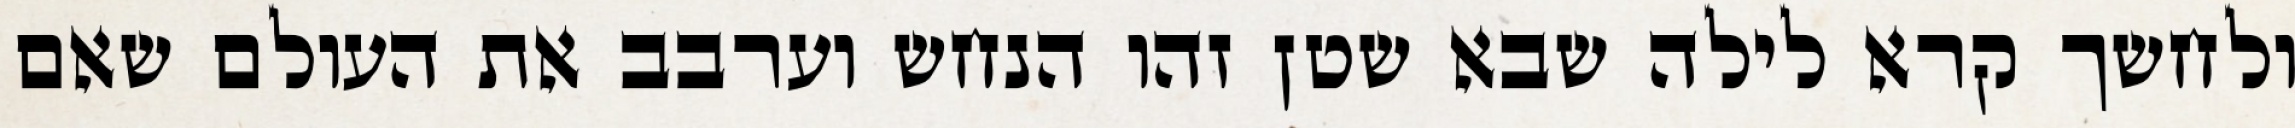
ולחשך קרא לילה שבא שטן זהו הנחש וערבב את העולם שאם